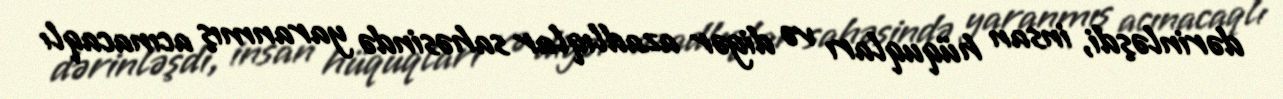
dərinləşdi, insan hüquqları və digər azadlıqlar sahəsində yaranmış acınacaqlı